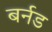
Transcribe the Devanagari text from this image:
बर्नड